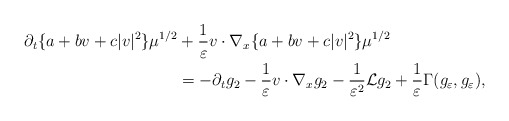
\begin{align*}\partial_t\{a+bv+c|v|^2\}\mu^{1/2}&+\frac 1 \varepsilon v\cdot\nabla_{x}\{a+bv+c|v|^2\}\mu^{1/2}\\&=-\partial_tg_2-\frac 1 \varepsilon v\cdot\nabla_{x}g_2-\frac 1{\varepsilon^2}\mathcal{L}g_2+\frac{1}{\varepsilon}\Gamma(g_\varepsilon, g_\varepsilon),\end{align*}